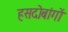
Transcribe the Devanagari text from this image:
हसदोबांगों